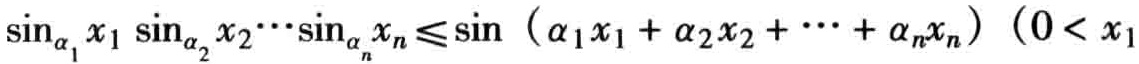
\(\sin_{\alpha_1} x_1 \sin_{\alpha_2} x_2\cdots\sin_{\alpha_n} x_n\leqslant\sin \left(\alpha_1 x_1 + \alpha_2 x_2 + \cdots + \alpha_nx_n\right)\ (0 < x_1\)